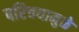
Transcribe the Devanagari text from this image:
परिचयामुळे